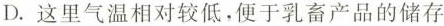
D.这里气温相对较低。便于乳畜产品的储存